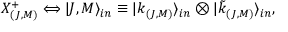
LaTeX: X _ { ( J , M ) } ^ { + } \Longleftrightarrow | J , M \rangle _ { i n } \equiv | k _ { ( J , M ) } \rangle _ { i n } \otimes | \tilde { k } _ { ( J , M ) } \rangle _ { i n } ,